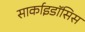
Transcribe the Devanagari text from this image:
सार्काइडॉसिस